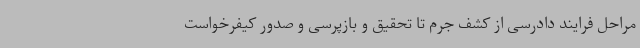
مراحل فرایند دادرسی از کشف جرم تا تحقیق و بازپرسی و صدور کیفرخواست